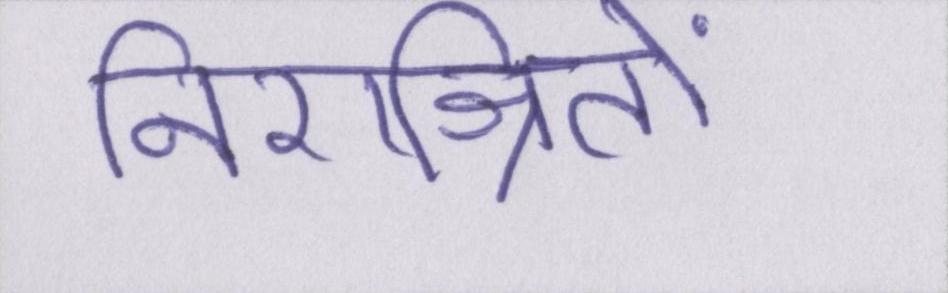
निराश्रितों